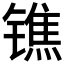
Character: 𨱓